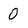
Character: 0